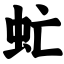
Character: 虻